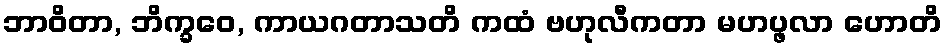
ဘာဝိတာ, ဘိက္ခဝေ, ကာယဂတာသတိ ကထံ ဗဟုလီကတာ မဟပ္ဖလာ ဟောတိ